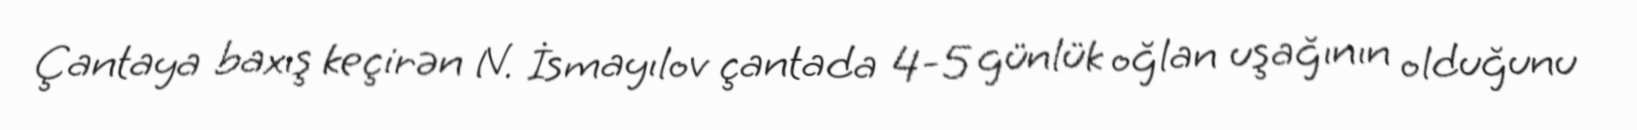
Çantaya baxış keçirən N. İsmayılov çantada 4-5 günlük oğlan uşağının olduğunu